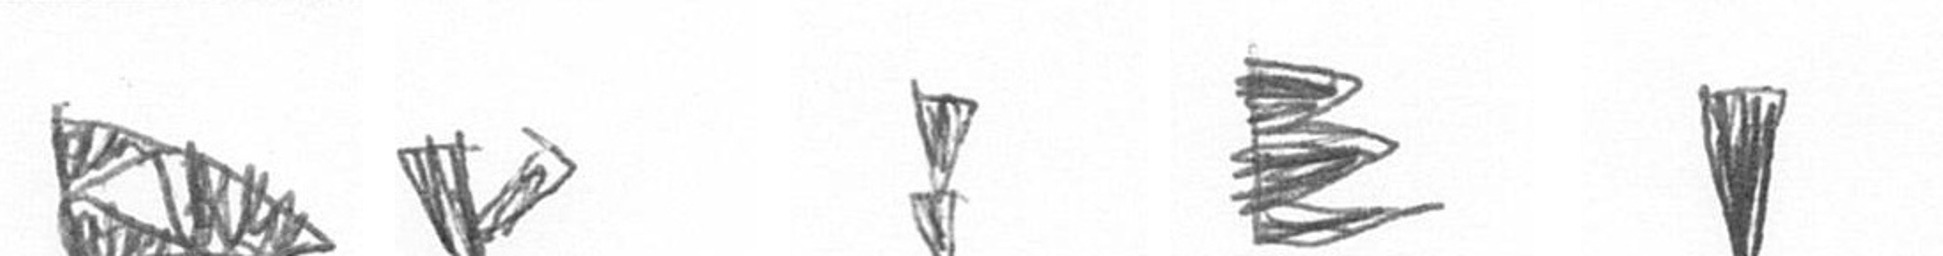
K F Z H J